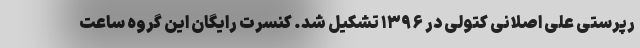
رپرستی علی اصلانی کتولی در ۱۳۹۶ تشکیل شد. کنسرت رایگان این گروه ساعت